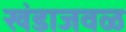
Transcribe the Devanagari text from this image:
खंडाजवळ